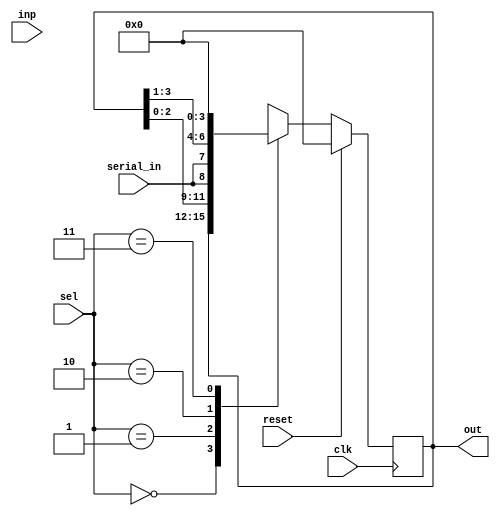
module universal_shift_reg(clk,serial_in,sel,inp,reset,out);
	input clk;
	input reset;
	input serial_in;
	input [3:0]inp;
	input [1:0]sel;
  output reg [3:0]out;
	
	
	always@(posedge clk)
	begin
		if(reset==1)
			out<=0;
	         else
			 begin
			 case(sel)
	                    2'b00: out <= out;
			    2'b01: out <= {out[2:0],serial_in};
			    2'b10: out <= {serial_in,out[3:1]};
			    2'b11: out <= 4'd0;
	                  endcase
	                 end
	end
endmodule